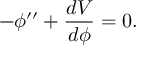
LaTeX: - \phi ^ { \prime \prime } + \frac { d V } { d \phi } = 0 .